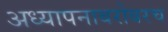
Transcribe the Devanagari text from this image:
अध्‍यापनाबरोबरच